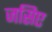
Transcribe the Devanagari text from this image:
जसिए